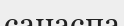
санаспа